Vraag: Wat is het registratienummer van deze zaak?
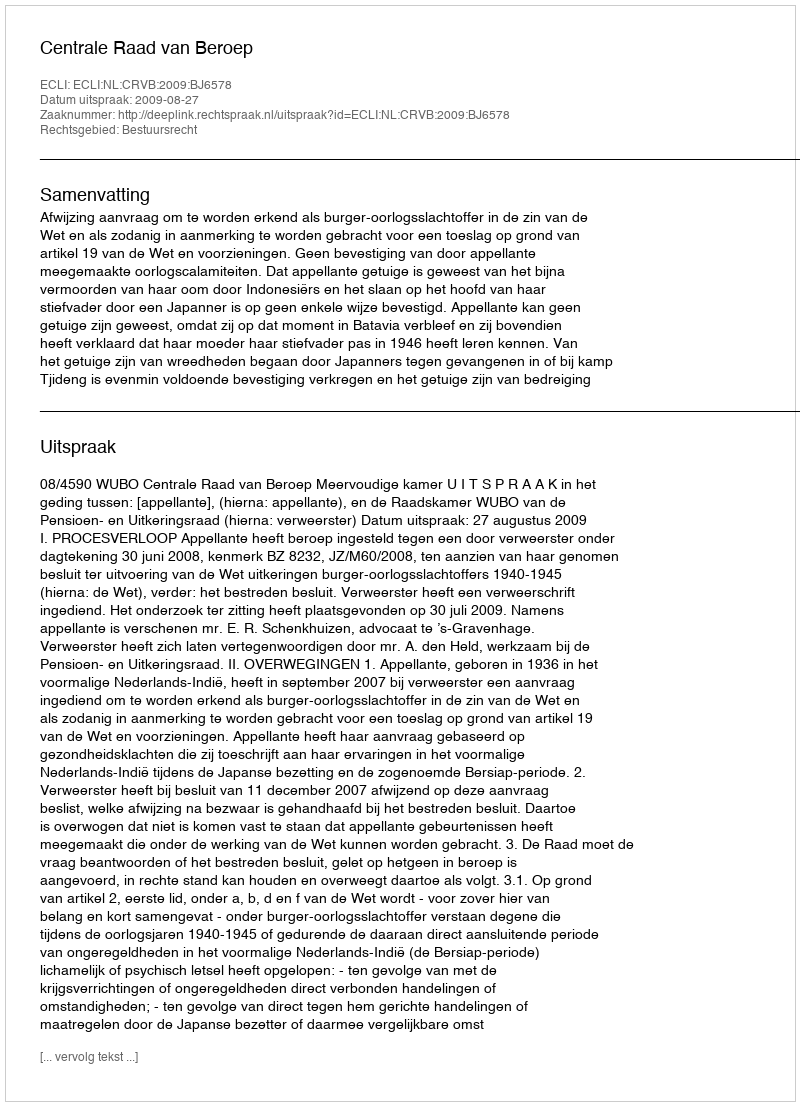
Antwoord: http://deeplink.rechtspraak.nl/uitspraak?id=ECLI:NL:CRVB:2009:BJ6578